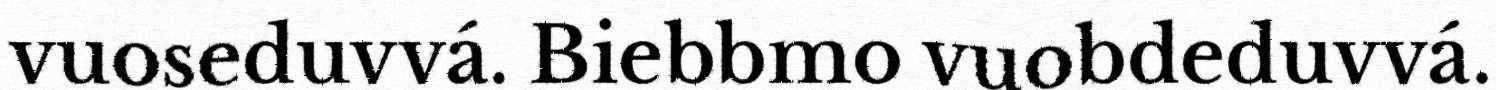
vuoseduvvá. Biebbmo vuobdeduvvá.